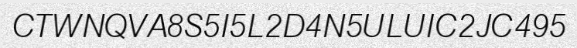
CTWNQVA8S5I5L2D4N5ULUIC2JC495